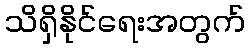
သိရှိနိုင်ရေးအတွက်